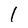
Character: l